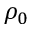
\rho _ { 0 }